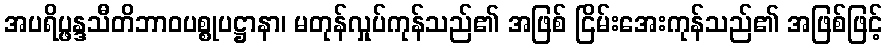
အပရိပ္ဖန္ဒသီတိဘာဝပစ္စုပဋ္ဌာနာ၊ မတုန်လှုပ်ကုန်သည်၏ အဖြစ် ငြိမ်းအေးကုန်သည်၏ အဖြစ်ဖြင့်